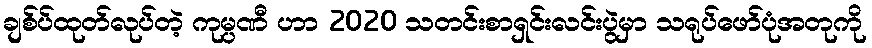
ချစ်ပ်ထုတ်လုပ်တဲ့ ကုမ္ပဏီ ဟာ 2020 သတင်းစာရှင်းလင်းပွဲမှာ သရုပ်ဖော်ပုံအတုကို